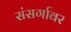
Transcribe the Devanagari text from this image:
संसर्गावर